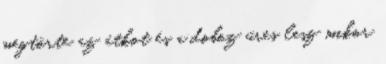
megtörte az átkot és a doboz üres lesz mikor